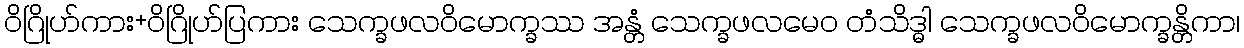
ဝိဂြိုဟ်ကား+ဝိဂြိုဟ်ပြကား သေက္ခဖလဝိမောက္ခဿ အန္တံ သေက္ခဖလမေဝ တံသိဒ္ဓါ သေက္ခဖလဝိမောက္ခန္တိကာ၊